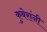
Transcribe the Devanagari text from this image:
कुबेरांनी